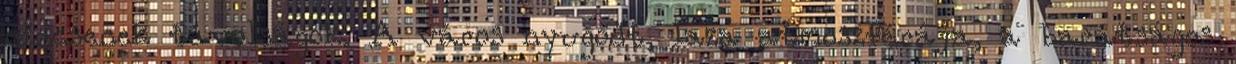
nincsenek távolságok. A város nyugodt, laza atmoszférája, a barátságos